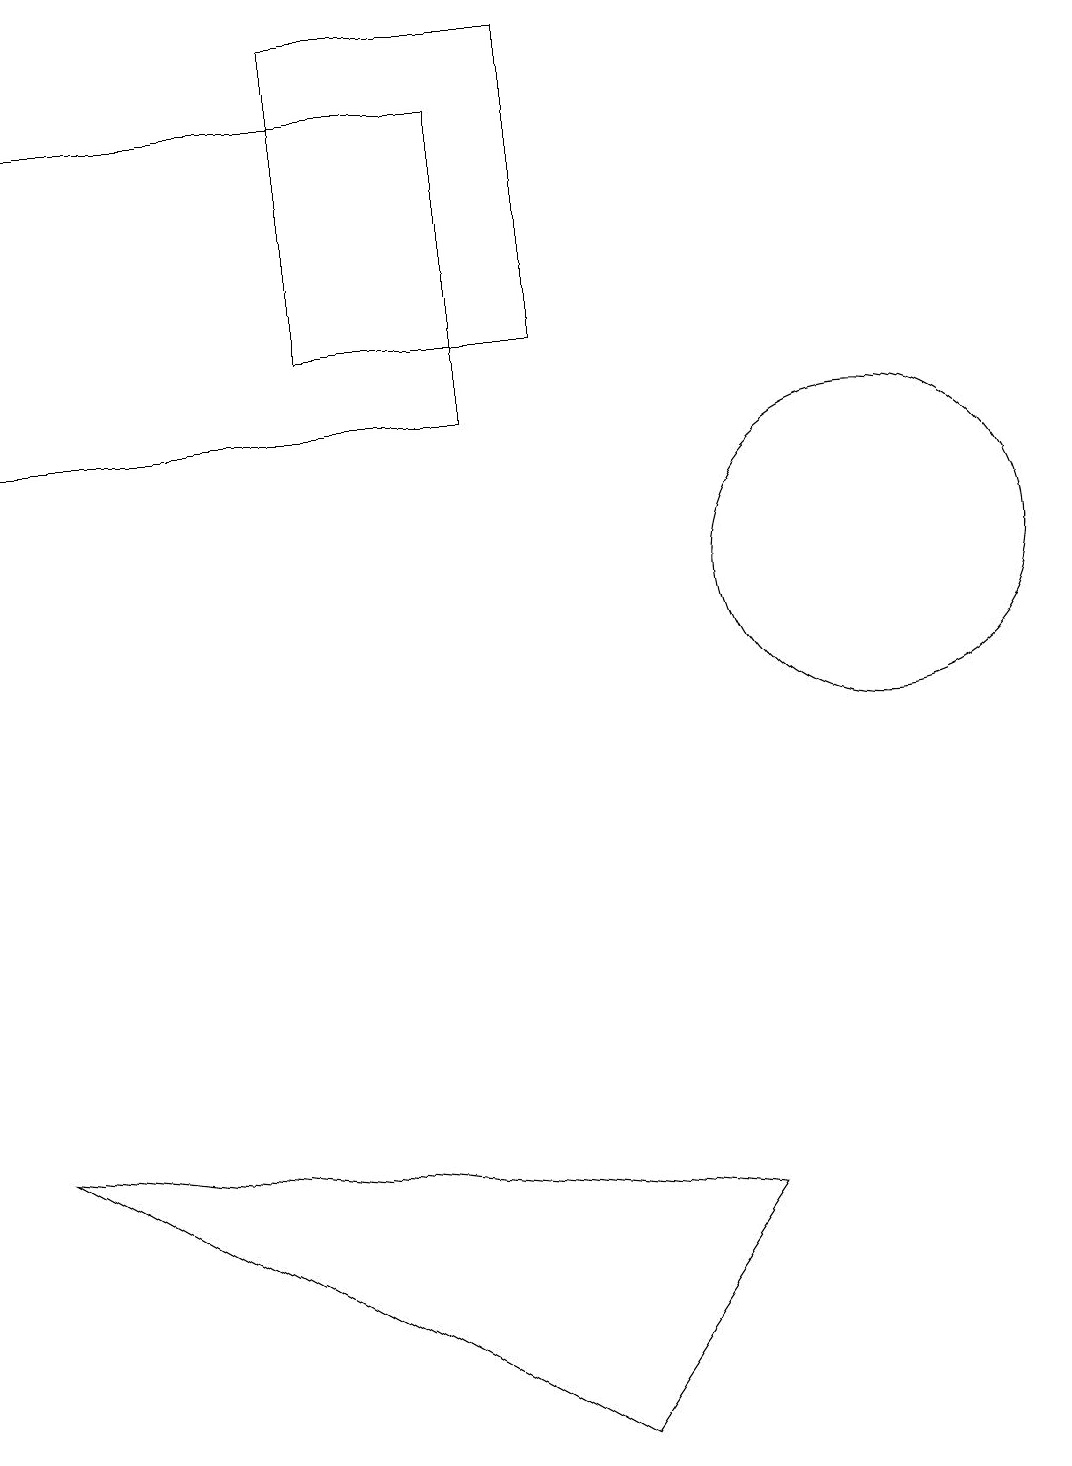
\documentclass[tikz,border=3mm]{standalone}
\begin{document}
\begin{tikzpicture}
\draw (7,1) -- (0,5) -- (9,4) -- cycle;
\draw (11,12) circle (2);
\draw (6,18) rectangle (0,14);
\draw (7,15) rectangle (4,19);
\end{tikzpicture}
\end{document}